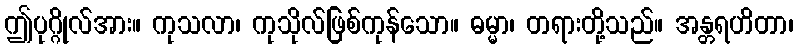
ဤပုဂ္ဂိုလ်အား။ ကုသလာ၊ ကုသိုလ်ဖြစ်ကုန်သော။ ဓမ္မာ၊ တရားတို့သည်။ အန္တရဟိတာ၊